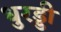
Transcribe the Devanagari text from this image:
धुरड्डी